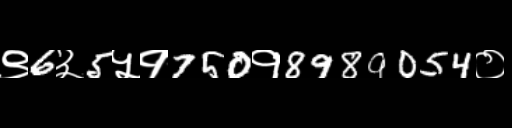
Text: ९6३5५१750१8989054०